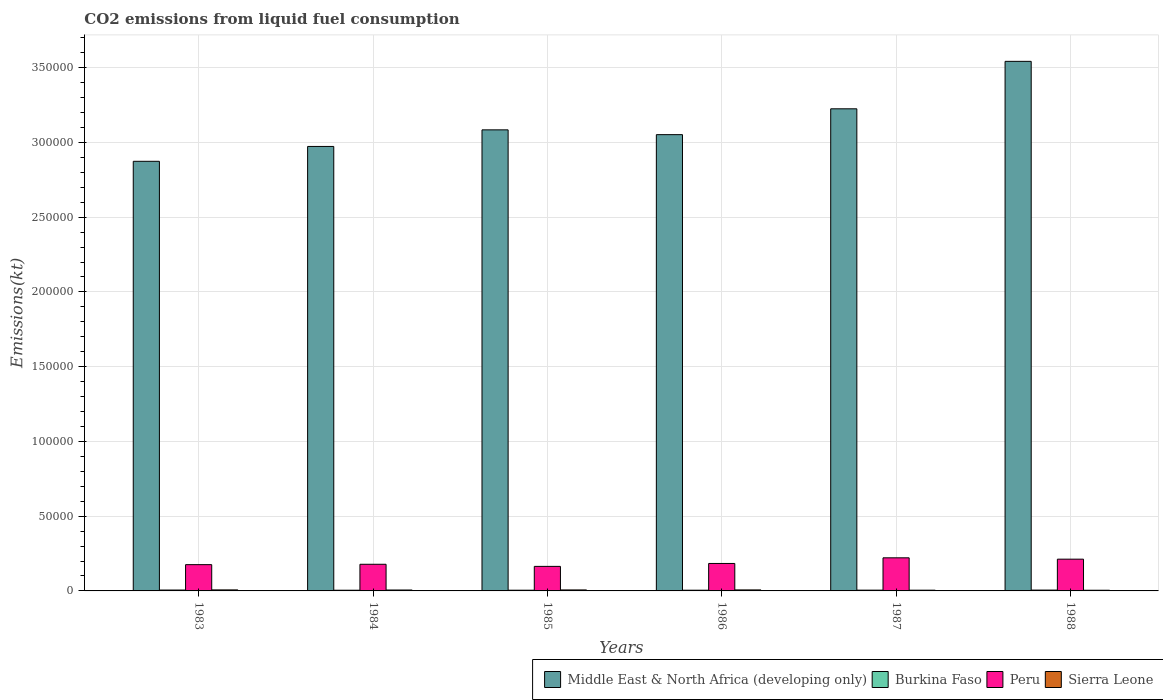
| Years | Middle East & North Africa (developing only) | Burkina Faso | Peru | Sierra Leone |
 | --- | --- | --- | --- | --- |
 | 1983 | 2.87e+05 | 594 | 1.76e+04 | 689 |
 | 1984 | 2.97e+05 | 466 | 1.78e+04 | 616 |
 | 1985 | 3.08e+05 | 477 | 1.64e+04 | 664 |
 | 1986 | 3.05e+05 | 480 | 1.84e+04 | 675 |
 | 1987 | 3.22e+05 | 517 | 2.21e+04 | 499 |
 | 1988 | 3.54e+05 | 554 | 2.12e+04 | 458 |